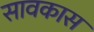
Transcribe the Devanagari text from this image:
सावकास